Report on vaccination in Madras 1877-1894 - 1877-1894
Year: 1877
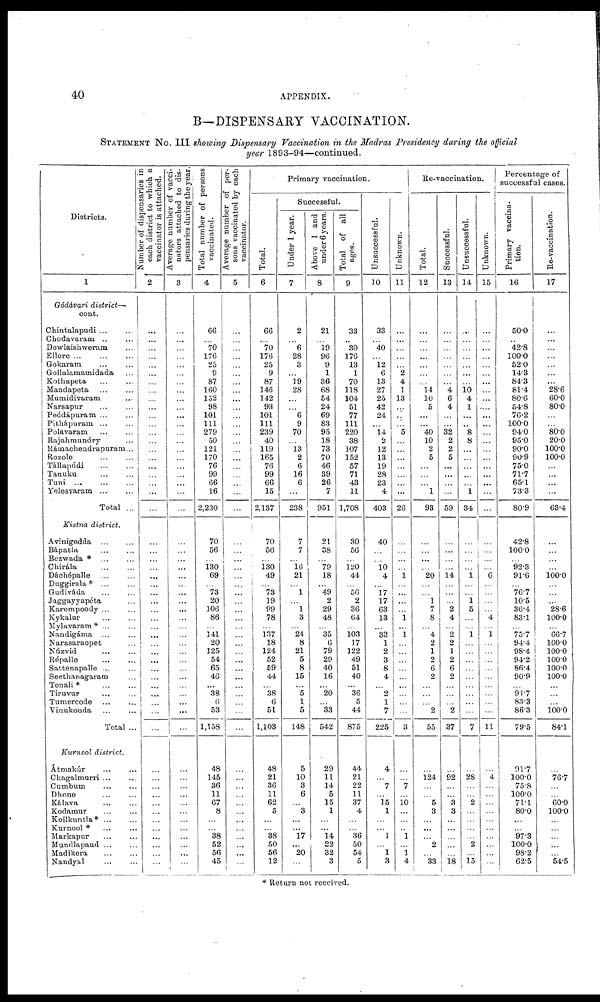
40
APPENDIX.
B— DISPENSARY VACCINATION.
STATEMENT No. III showing Dispensary Vaccination in the Madras Presidency during the official
year 1893-94—continued.
Districts.
1
Gódávari district—
cont.
Chintalapudi ... ...
Chodavaram .. ...
Dowlaishweram ...
Ellore
...
...
...
Gokaram ... ...
Gollalamamidada ...
Kothapeta ... ...
Mandapeta ... ...
Mumidivaram ...
Narsapur ... ...
Peddápuram ...
Pithápuram ... ...
Polavaram ... ...
Rajahmundry ...
Rámachendrapuram ...
Rozole ...
Tállapúdi
...
...
Tanuku ... ...
Tuni
...
...
Yelesvaram ... ...
Total ...
Kistna district.
Avinigedda
...
...
Bápatla ... ...
Bezwada * ... ...
Chirála ... ...
Dáchépalle ... ...
Duggirala * ... ...
Gudiváda ... ...
Jaggayyapéta ...
Karempoody ...
Kykalur ... ...
Mylavaram* ... ...
Nandigáma ... ...
Narasaraopet ... ...
Núzvid ... ...
Répalle
...
...
Sattenapalle ...
Seethanagaram ...
Tenali*
...
...
Tiruvur ... ...
Tumercode ... ...
Vinukouda
...
...
Total ...
Kurnool district.
Átmakúr ... ...
Chagalmurri ... ...
Cumbum ... ...
Dhone ... ...
Kálava ... ...
Kodamur ... ...
Koilkuntla* ... ...
Kurnool * ... ...
Markapur ... ...
Mundlapaud ... ...
Madikera
...
...
Nandyal ... ...
Number of dispensaries in
each district to which a
vaccinator is attached.
2
...
...
...
...
...
...
...
...
...
...
...
...
...
...
...
...
...
...
...
...
...
...
...
...
...
...
...
...
...
...
...
...
...
...
...
...
...
...
... ...
...
...
...
...
...
...
...
...
...
...
... ...
...
...
...
Average number of vacci¬
nators attached to dis-
pensaries during the year.
3
...
...
...
...
...
...
...
...
...
...
...
...
...
...
...
...
...
...
...
...
...
...
...
...
...
...
...
...
...
...
...
...
...
...
...
...
...
...
...
...
...
...
...
...
...
...
...
...
...
...
...
...
...
...
4
Total number of persons
vaccinated.
4
66
...
70
176
25
9
87
160
152
98
101
111
279
50
121
170
76
99
66
16
2,230
70
56
...
130
69
...
73
20
106
86
...
141
20
125
54
65
46
... 38
6
53
1,158
48
145
36
11
67
8
...
... 38
52
50
45
Average number of per-
sons vaccinated by each
vaccinator.
5
...
...
...
...
...
...
...
...
...
...
...
...
...
...
...
...
...
...
...
...
...
...
...
...
...
...
...
...
...
...
...
...
...
...
...
...
...
...
...
...
...
...
...
...
...
...
...
...
...
...
...
...
...
...
...
Primary vaccination.
Total.
6
66
...
70
176
25
9
87
146
142
93
101
111
239
40
119
165
76
99
66
15
2,137
70
56
...
130
49
...
73
19
99
78
...
137
18
124
52
59
44
... 38
6
51
1,103
48
21
36
11
62
5
...
... 38
50
56
12
Successful.
Under 1 year.
7
2
...
6
28
3
...
19
28
...
...
6
9
70
...
13
2
6
16
6
...
238
7
7
...
16
21
...
1
...
1
3
...
24
8
21
5
8
15
... 5
1
5
148
5
10
3
6
...
3
...
... 17
...
20
...
Above 1 and
under 6 years.
8
21
...
19
96
9
1
36
68
54
24
69
83
95
18
73
70
46
39
26
7
951
21
38
...
79
18
...
49
2
29
48
...
35
6
79
29
40
16
... 20
...
33
542
29
11
14
5
15
1
...
... 14
22
32
3
Total of all
ages.
9
33
...
30
176
13
1
70
118
104
51
77
111
220
38
107
152
57
71
43
11
1,708
30
56
...
120
44
...
56
2
36
64
...
103
17
122
49
51
40
... 36
5
44
875
44
21
22
11
37
4
...
... 36
50
54
5
Unsuccessful.
10
33
...
40
...
12
6
13
27
25
42
24
...
14
2
12
13
19
28
23
4
403
40
...
...
10
4
...
17
17
63
13
...
33
1
2
3
8
4
... 2
1
7
225
4
...
7
...
15
1
...
... 1
...
1
3
Unknown.
11
...
...
...
...
...
2
4
1
13
...
...
...
5
...
...
...
...
...
...
...
26
...
...
...
...
1
...
...
...
...
1
...
1
...
...
...
...
...
...
... ...
...
3
...
...
7
...
10 ...
...
... 1
...
1 4
Re-vaccination.
Total.
12
...
...
...
...
...
...
...
14
10
5
...
...
40
10
2
5
...
...
...
1
93
...
...
...
...
20
...
...
1
7
8
...
4
2
1
2
6
2
...
...
...
2
55
...
124
...
...
5
3
...
...
...
2
... 33
Successful.
13
...
...
...
...
...
...
...
4
6
4
...
...
32
2
2
5
...
...
...
...
59
...
...
...
...
14
...
...
...
2
4
...
2
2
1
2
6
2
...
...
...
2
37
...
92
...
...
3
3
...
...
...
...
...
18
Unsuccessful.
14
...
...
...
...
...
...
...
10 4
1
...
...
8
8
...
...
...
...
...
1
34
...
...
...
...
1
...
...
1
5
...
...
1
...
...
...
...
...
...
...
...
...
7
...
28
...
...
2
...
...
...
...
2
...
15
Unknown.
15
...
...
...
...
...
...
...
...
...
...
...
...
...
...
...
...
...
...
...
...
...
...
...
...
...
6
...
...
...
...
4
...
1
...
...
...
...
...
...
...
...
...
11
...
4
...
...
...
...
...
...
...
...
...
...
Percentage of
successful cases.
Primary vaccina-
tion.
16
50.0
...
42.8
100.0
52.0
14.3
84.3
81.4
80.6
54.8
76.2
100.0
94.0
95.0
90.0
90.9
75.0
71.7
65.1
73.3
80.9
42.8
100.0
...
92.3
91.6
...
76.7
10.5
36.4
83.1
...
75.7
94.4
98.4
94.2
86.4
90.9
... 94.7
83.3
86.3
79.5
91.7
100.0
75.8
100.0
71.1
80.0
...
... 97.3
100.0
98.2
62.5
Re-vaccination.
17
...
...
...
...
...
...
...
28.6
60.0
80.0
...
...
80.0
20.0
100.0
100.0
...
...
...
...
63.4
...
...
...
...
100.0
...
...
...
28.6
100.0
...
66.7
100.0
100.0
100.0
100.0
100.0
...
...
...
100.0
84.1
...
76.7
...
...
60.0
100.0
...
...
...
...
... 54.5
* Return not received.